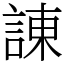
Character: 諌